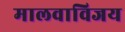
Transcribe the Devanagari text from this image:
मालवाविजय